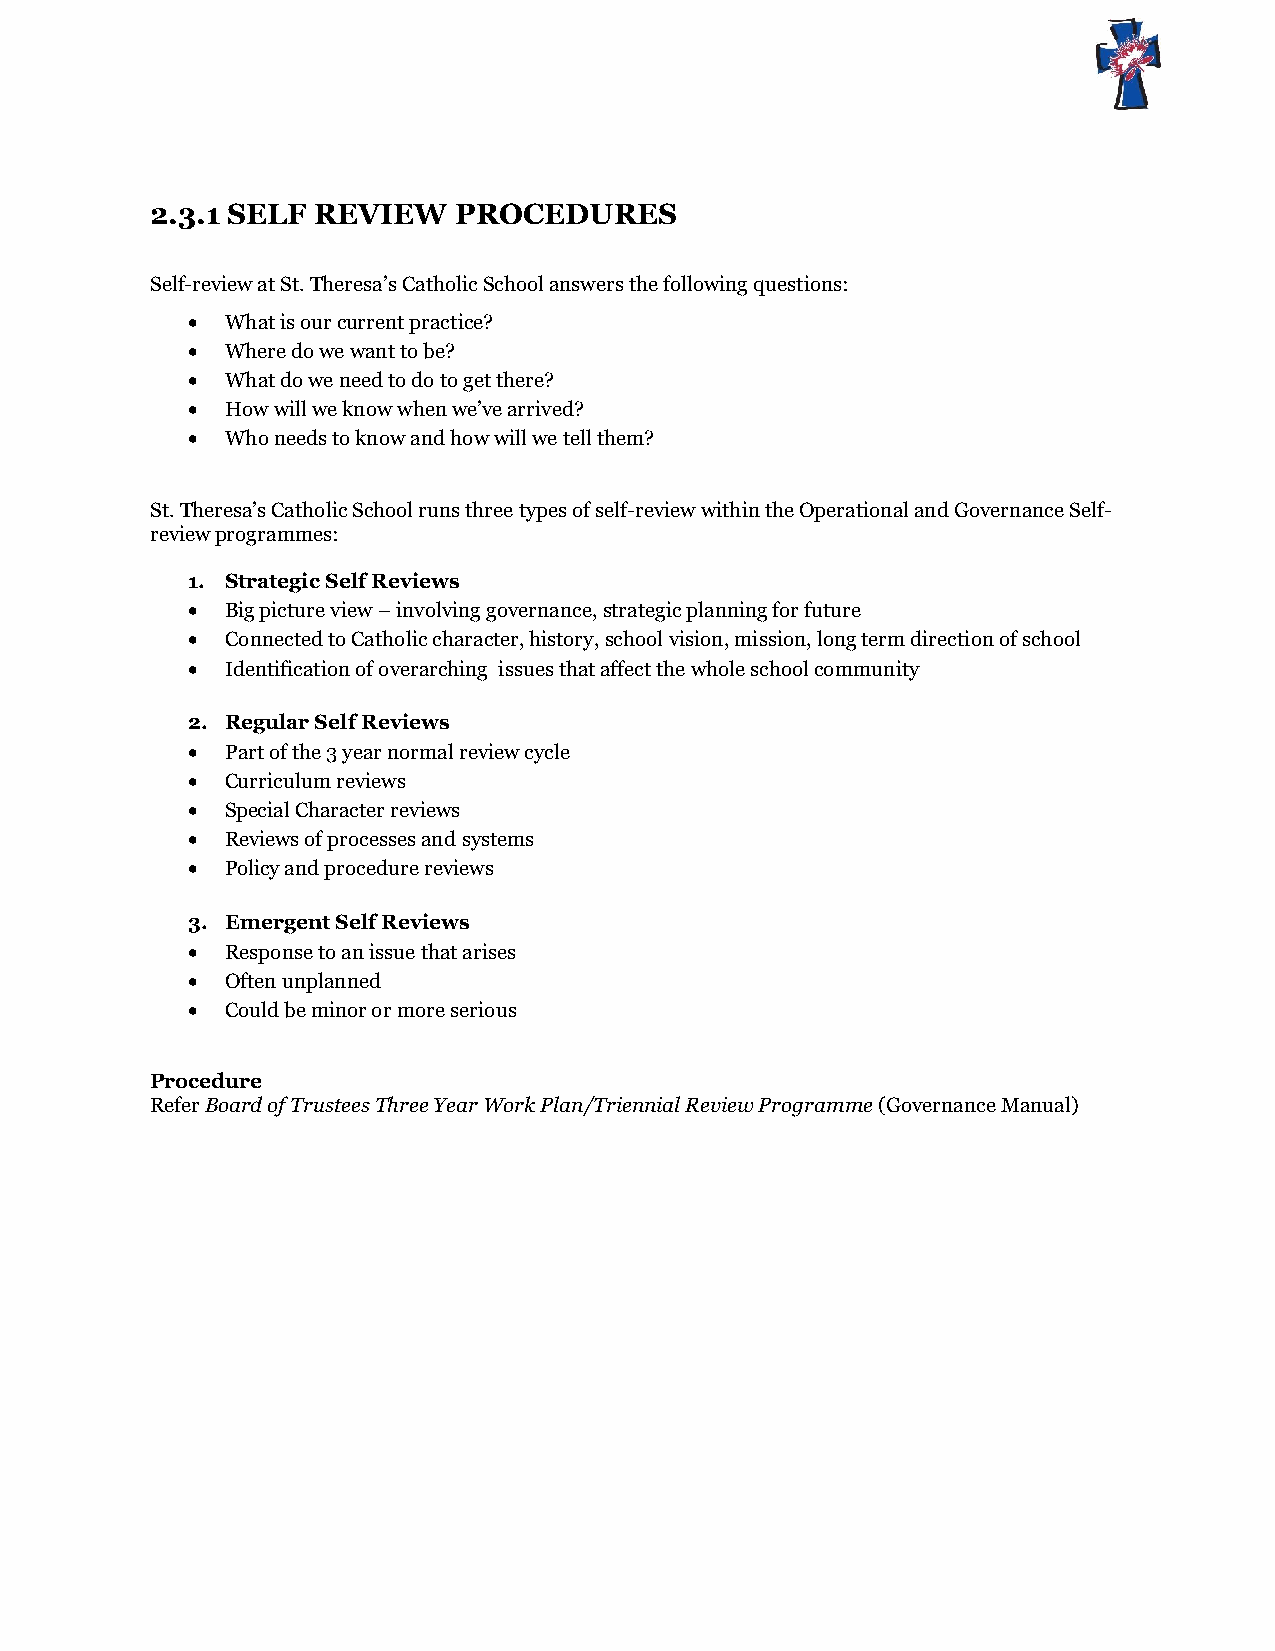
2.3.1 SELF REVIEW   PROCEDURES
 Self-review at St. Theresa’s Catholic School answers the following questions:
   What is our current practice?
   Where do we want to be?
   What do we need to do to get there?
   How will we know when we’ve arrived?
   Who needs to know and how will we tell them?
 St. Theresa’s Catholic School runs three types of self-review within the Operational and Governance Self-
 review programmes:
 1. Strategic Self Reviews
   Big picture view – involving governance, strategic planning for future
   Connected to Catholic character, history, school vision, mission, long term direction of school
   Identification of overarching issues that affect the whole school community
 2. Regular Self Reviews
   Part of the 3 year normal review cycle
   Curriculum reviews
   Special Character reviews
   Reviews of processes and systems
   Policy and procedure reviews
 3. Emergent Self Reviews
   Response to an issue that arises
   Often unplanned
   Could be minor or more serious
 Procedure
 Refer Board of Trustees Three Year Work Plan/Triennial Review Programme (Governance Manual)